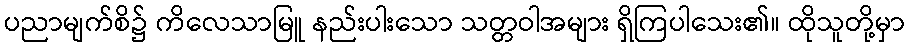
ပညာမျက်စိ၌ ကိလေသာမြူ နည်းပါးသော သတ္တဝါအများ ရှိကြပါသေး၏။ ထိုသူတို့မှာ